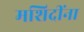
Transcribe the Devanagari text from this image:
मशिदींना